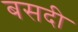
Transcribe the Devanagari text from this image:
बसदी